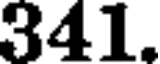
341.